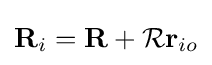
\mathbf {R} _{i}=\mathbf {R} +{\mathcal {R}}\mathbf {r} _{io}